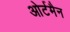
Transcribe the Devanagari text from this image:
ओर्टमैन